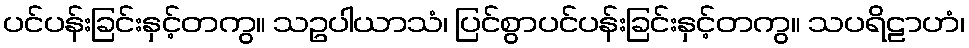
ပင်ပန်းခြင်းနှင့်တကွ။ သဥပါယာသံ၊ ပြင်စွာပင်ပန်းခြင်းနှင့်တကွ။ သပရိဠာဟံ၊